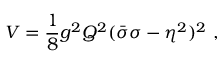
V = \frac 1 8 g ^ { 2 } Q ^ { 2 } ( \bar { \sigma } \sigma - \eta ^ { 2 } ) ^ { 2 } \, \, ,